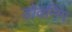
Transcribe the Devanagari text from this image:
डोवनिंग